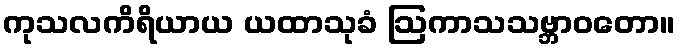
ကုသလကိရိယာယ ယထာသုခံ ဩကာသသဗ္ဘာဝတော။